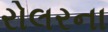
રોલરના